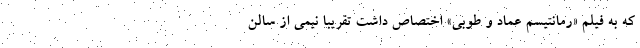
که به فیلم «رمانتیسم عماد و طوبی» اختصاص داشت تقریبا نیمی از سالن